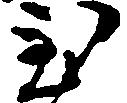
至